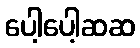
ပေါ့ပေါ့ဆဆ